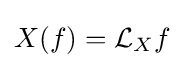
X(f)={\mathcal {L}}_{X}f